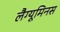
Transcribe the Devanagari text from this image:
लैग्यूमिनस